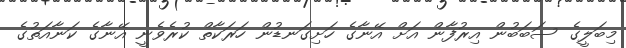
މިބަލީގެ ސަބަބުން އިރުފާން އަށް އޭނާގެ ހަށިގަނޑުން ހަރަކާތް ކުރެވެނީ އޭނާގެ ކަނާއަތުގެ